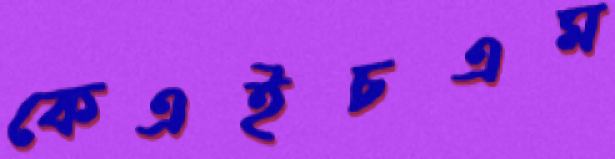
কেএইচএম